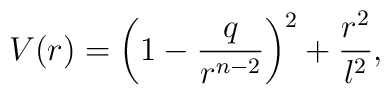
V(r)=\left(1-{q\over r^{n-2}}\right)^2 +{r^2\over l^2},